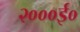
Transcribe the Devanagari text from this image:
२०००ई०